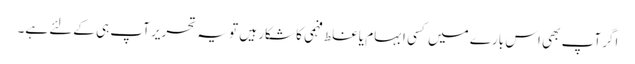
اگر آپ بھی اس بارے میں کسی ابہام یا غلط فہمی کا شکار ہیں تو یہ تحریر آپ ہی کےلئے ہے۔